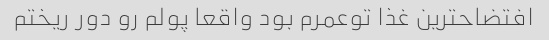
افتضاحترین غذا توعمرم بود واقعا پولم رو دور ریختم